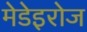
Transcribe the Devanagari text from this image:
मेडेइरोज